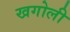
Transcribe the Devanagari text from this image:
खगोली